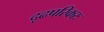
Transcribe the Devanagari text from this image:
दृढपरिकरः